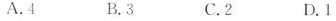
A.4 B.3 C.2 D.1